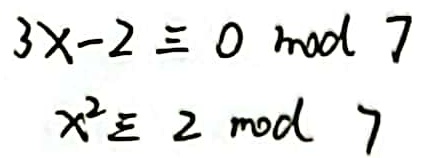
\[
\begin{align*}
3x - 2 &\equiv 0 \pmod{7}\\
x^{2} &\equiv 2 \pmod{7}
\end{align*}
\]